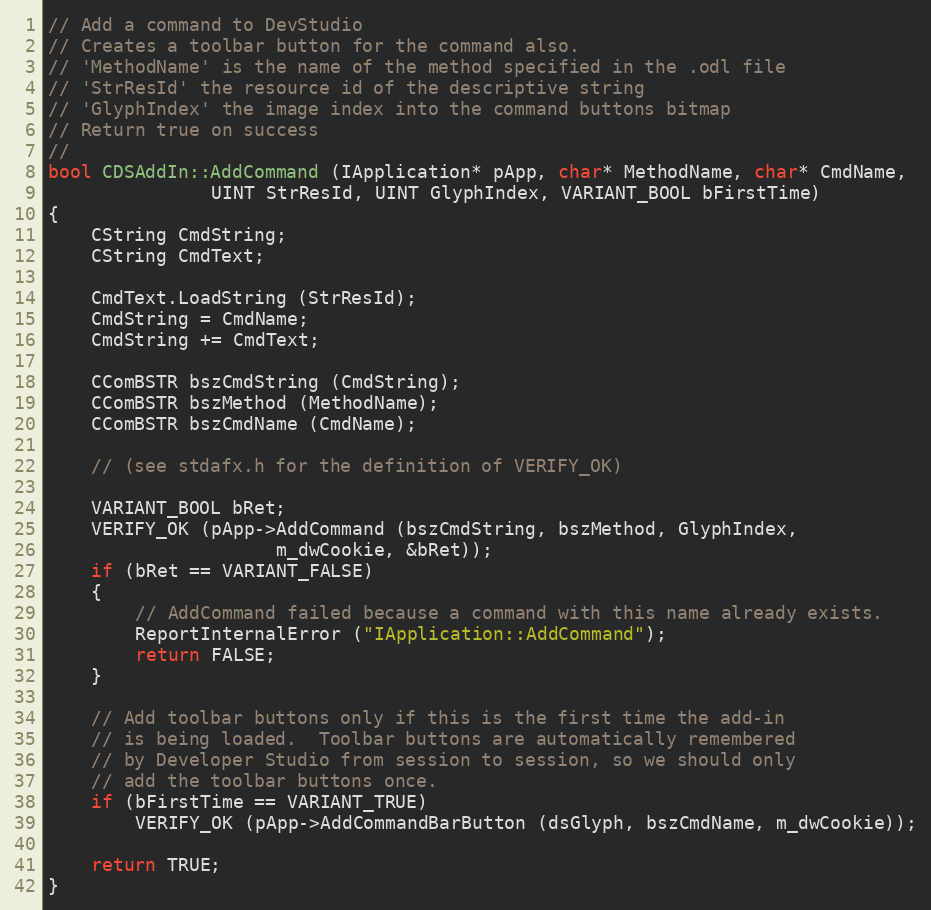
Language: C++
// Add a command to DevStudio
// Creates a toolbar button for the command also.
// 'MethodName' is the name of the method specified in the .odl file
// 'StrResId' the resource id of the descriptive string
// 'GlyphIndex' the image index into the command buttons bitmap
// Return true on success
//
bool CDSAddIn::AddCommand (IApplication* pApp, char* MethodName, char* CmdName,
			   UINT StrResId, UINT GlyphIndex, VARIANT_BOOL bFirstTime)
{
	CString CmdString;
	CString CmdText;

	CmdText.LoadString (StrResId);
	CmdString = CmdName;
	CmdString += CmdText;

	CComBSTR bszCmdString (CmdString);
	CComBSTR bszMethod (MethodName);
	CComBSTR bszCmdName (CmdName);

	// (see stdafx.h for the definition of VERIFY_OK)

	VARIANT_BOOL bRet;
	VERIFY_OK (pApp->AddCommand (bszCmdString, bszMethod, GlyphIndex,
				     m_dwCookie, &bRet));
	if (bRet == VARIANT_FALSE)
	{
		// AddCommand failed because a command with this name already exists.
		ReportInternalError ("IApplication::AddCommand");
		return FALSE;
	}

	// Add toolbar buttons only if this is the first time the add-in
	// is being loaded.  Toolbar buttons are automatically remembered
	// by Developer Studio from session to session, so we should only
	// add the toolbar buttons once.
	if (bFirstTime == VARIANT_TRUE)
		VERIFY_OK (pApp->AddCommandBarButton (dsGlyph, bszCmdName, m_dwCookie));

	return TRUE;
}